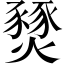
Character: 燹